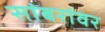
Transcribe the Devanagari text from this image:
सांबरांवर